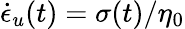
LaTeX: \dot{\epsilon}_{u}(t)=\sigma(t)/\eta_{0}